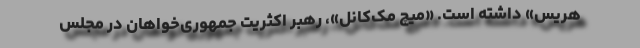
هریس» داشته است. «میچ مک‌کانل»، رهبر اکثریت جمهوری‌خواهان در مجلس